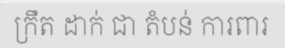
ក្រឹត ដាក់ ជា តំបន់ ការពារ